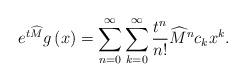
LaTeX: \begin{align*}e^{t\widehat{M}}g\left( x\right) =\sum_{n=0}^{\infty}\sum_{k=0}^{\infty}\frac{t^{n}}{n!}\widehat{M}^{n}c_{k}x^{k}. \end{align*}